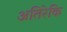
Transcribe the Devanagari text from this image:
अतिरेकि